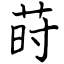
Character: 莳